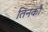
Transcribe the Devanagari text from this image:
तिनकौ